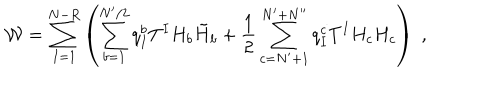
{ \cal W } = \sum _ { I = 1 } ^ { N - R } \left( \sum _ { b = 1 } ^ { N ^ { \prime } / 2 } q _ { I } ^ { b } T ^ { I } H _ { b } \tilde { H } _ { b } + \frac { 1 } { 2 } \sum _ { c = N ^ { \prime } + 1 } ^ { N ^ { \prime } + N ^ { \prime \prime } } q _ { I } ^ { c } T ^ { I } H _ { c } H _ { c } \right) \; ,